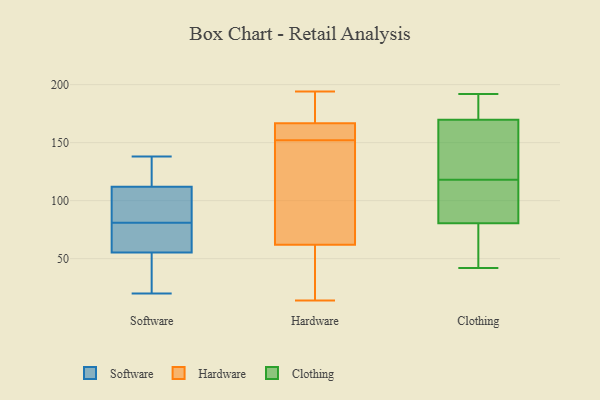
{"axis": {"x": "Shipments", "y": "Value"}, "legend": ["Clothing", "Hardware", "Software"], "data": [{"x": "", "y": 131, "type": "Software"}, {"x": "", "y": 56, "type": "Software"}, {"x": "", "y": 48, "type": "Software"}, {"x": "", "y": 120, "type": "Software"}, {"x": "", "y": 138, "type": "Software"}, {"x": "", "y": 84, "type": "Software"}, {"x": "", "y": 55, "type": "Software"}, {"x": "", "y": 20, "type": "Software"}, {"x": "", "y": 88, "type": "Software"}, {"x": "", "y": 81, "type": "Software"}, {"x": "", "y": 70, "type": "Software"}, {"x": "", "y": 157, "type": "Hardware"}, {"x": "", "y": 152, "type": "Hardware"}, {"x": "", "y": 177, "type": "Hardware"}, {"x": "", "y": 127, "type": "Hardware"}, {"x": "", "y": 163, "type": "Hardware"}, {"x": "", "y": 168, "type": "Hardware"}, {"x": "", "y": 194, "type": "Hardware"}, {"x": "", "y": 14, "type": "Hardware"}, {"x": "", "y": 193, "type": "Hardware"}, {"x": "", "y": 42, "type": "Hardware"}, {"x": "", "y": 50, "type": "Hardware"}, {"x": "", "y": 38, "type": "Hardware"}, {"x": "", "y": 160, "type": "Hardware"}, {"x": "", "y": 98, "type": "Hardware"}, {"x": "", "y": 122, "type": "Hardware"}, {"x": "", "y": 59, "type": "Clothing"}, {"x": "", "y": 180, "type": "Clothing"}, {"x": "", "y": 192, "type": "Clothing"}, {"x": "", "y": 55, "type": "Clothing"}, {"x": "", "y": 125, "type": "Clothing"}, {"x": "", "y": 172, "type": "Clothing"}, {"x": "", "y": 82, "type": "Clothing"}, {"x": "", "y": 42, "type": "Clothing"}, {"x": "", "y": 117, "type": "Clothing"}, {"x": "", "y": 63, "type": "Clothing"}, {"x": "", "y": 95, "type": "Clothing"}, {"x": "", "y": 163, "type": "Clothing"}, {"x": "", "y": 159, "type": "Clothing"}, {"x": "", "y": 180, "type": "Clothing"}, {"x": "", "y": 80, "type": "Clothing"}, {"x": "", "y": 118, "type": "Clothing"}, {"x": "", "y": 111, "type": "Clothing"}, {"x": "", "y": 180, "type": "Clothing"}, {"x": "", "y": 133, "type": "Clothing"}]}